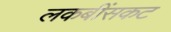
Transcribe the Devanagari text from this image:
लकबींसकट